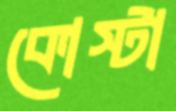
কোস্টা